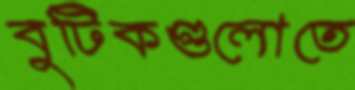
বুটিকগুলোতে